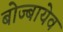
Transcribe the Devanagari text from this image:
बोज्बायेव